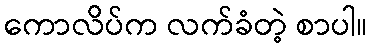
ကောလိပ်က လက်ခံတဲ့ စာပါ။